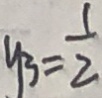
y _ { 3 } = \frac { 1 } { 2 }